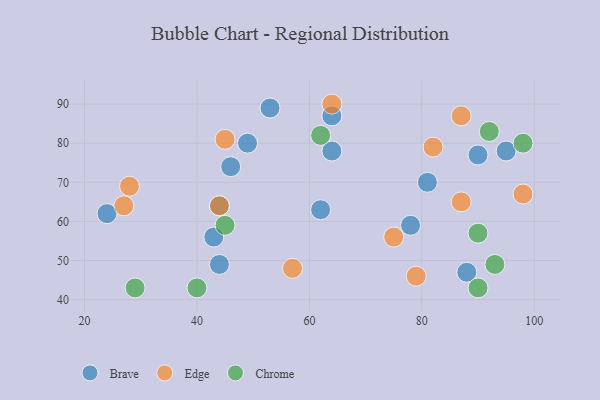
{"axis": {"x": "GDP", "y": "Life Expectancy"}, "legend": ["Brave", "Chrome", "Edge"], "data": [{"x": "90", "y": 77, "type": "Brave"}, {"x": "88", "y": 47, "type": "Brave"}, {"x": "43", "y": 56, "type": "Brave"}, {"x": "64", "y": 87, "type": "Brave"}, {"x": "24", "y": 62, "type": "Brave"}, {"x": "62", "y": 63, "type": "Brave"}, {"x": "81", "y": 70, "type": "Brave"}, {"x": "78", "y": 59, "type": "Brave"}, {"x": "64", "y": 78, "type": "Brave"}, {"x": "44", "y": 64, "type": "Brave"}, {"x": "49", "y": 80, "type": "Brave"}, {"x": "53", "y": 89, "type": "Brave"}, {"x": "44", "y": 49, "type": "Brave"}, {"x": "46", "y": 74, "type": "Brave"}, {"x": "95", "y": 78, "type": "Brave"}, {"x": "28", "y": 69, "type": "Edge"}, {"x": "64", "y": 90, "type": "Edge"}, {"x": "45", "y": 81, "type": "Edge"}, {"x": "79", "y": 46, "type": "Edge"}, {"x": "75", "y": 56, "type": "Edge"}, {"x": "82", "y": 79, "type": "Edge"}, {"x": "87", "y": 65, "type": "Edge"}, {"x": "44", "y": 64, "type": "Edge"}, {"x": "87", "y": 87, "type": "Edge"}, {"x": "98", "y": 67, "type": "Edge"}, {"x": "27", "y": 64, "type": "Edge"}, {"x": "57", "y": 48, "type": "Edge"}, {"x": "90", "y": 57, "type": "Chrome"}, {"x": "29", "y": 43, "type": "Chrome"}, {"x": "45", "y": 59, "type": "Chrome"}, {"x": "93", "y": 49, "type": "Chrome"}, {"x": "40", "y": 43, "type": "Chrome"}, {"x": "90", "y": 43, "type": "Chrome"}, {"x": "92", "y": 83, "type": "Chrome"}, {"x": "98", "y": 80, "type": "Chrome"}, {"x": "62", "y": 82, "type": "Chrome"}]}